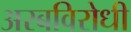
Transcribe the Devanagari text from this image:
अरबविरोधी